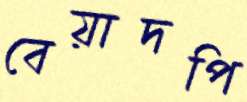
বেয়াদপি